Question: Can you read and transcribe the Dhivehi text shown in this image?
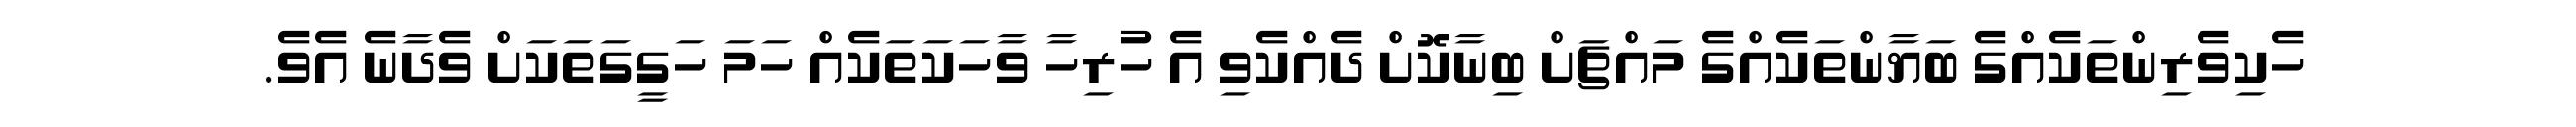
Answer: ހެކިވެރިންތަކެއްގެ ބަޔާންތަކެއްގެ މައްޗަށް ބިނާކޮށް ދެއްކެވި އެ ހުރިހާ ވާހަކަތަކެއް ހަމަ ހަގީގަތަކަށް ވެދާނެ އެވެ.